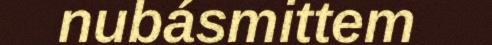
nubásmittem